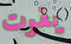
يفوت